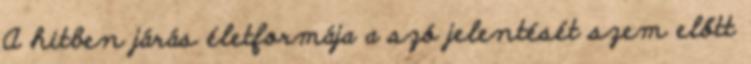
A hitben járás életformája a szó jelentését szem előtt